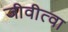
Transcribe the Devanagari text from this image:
जीवीत्वा